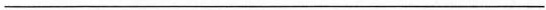
___